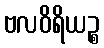
ဗလဝိရိယဉ္စ